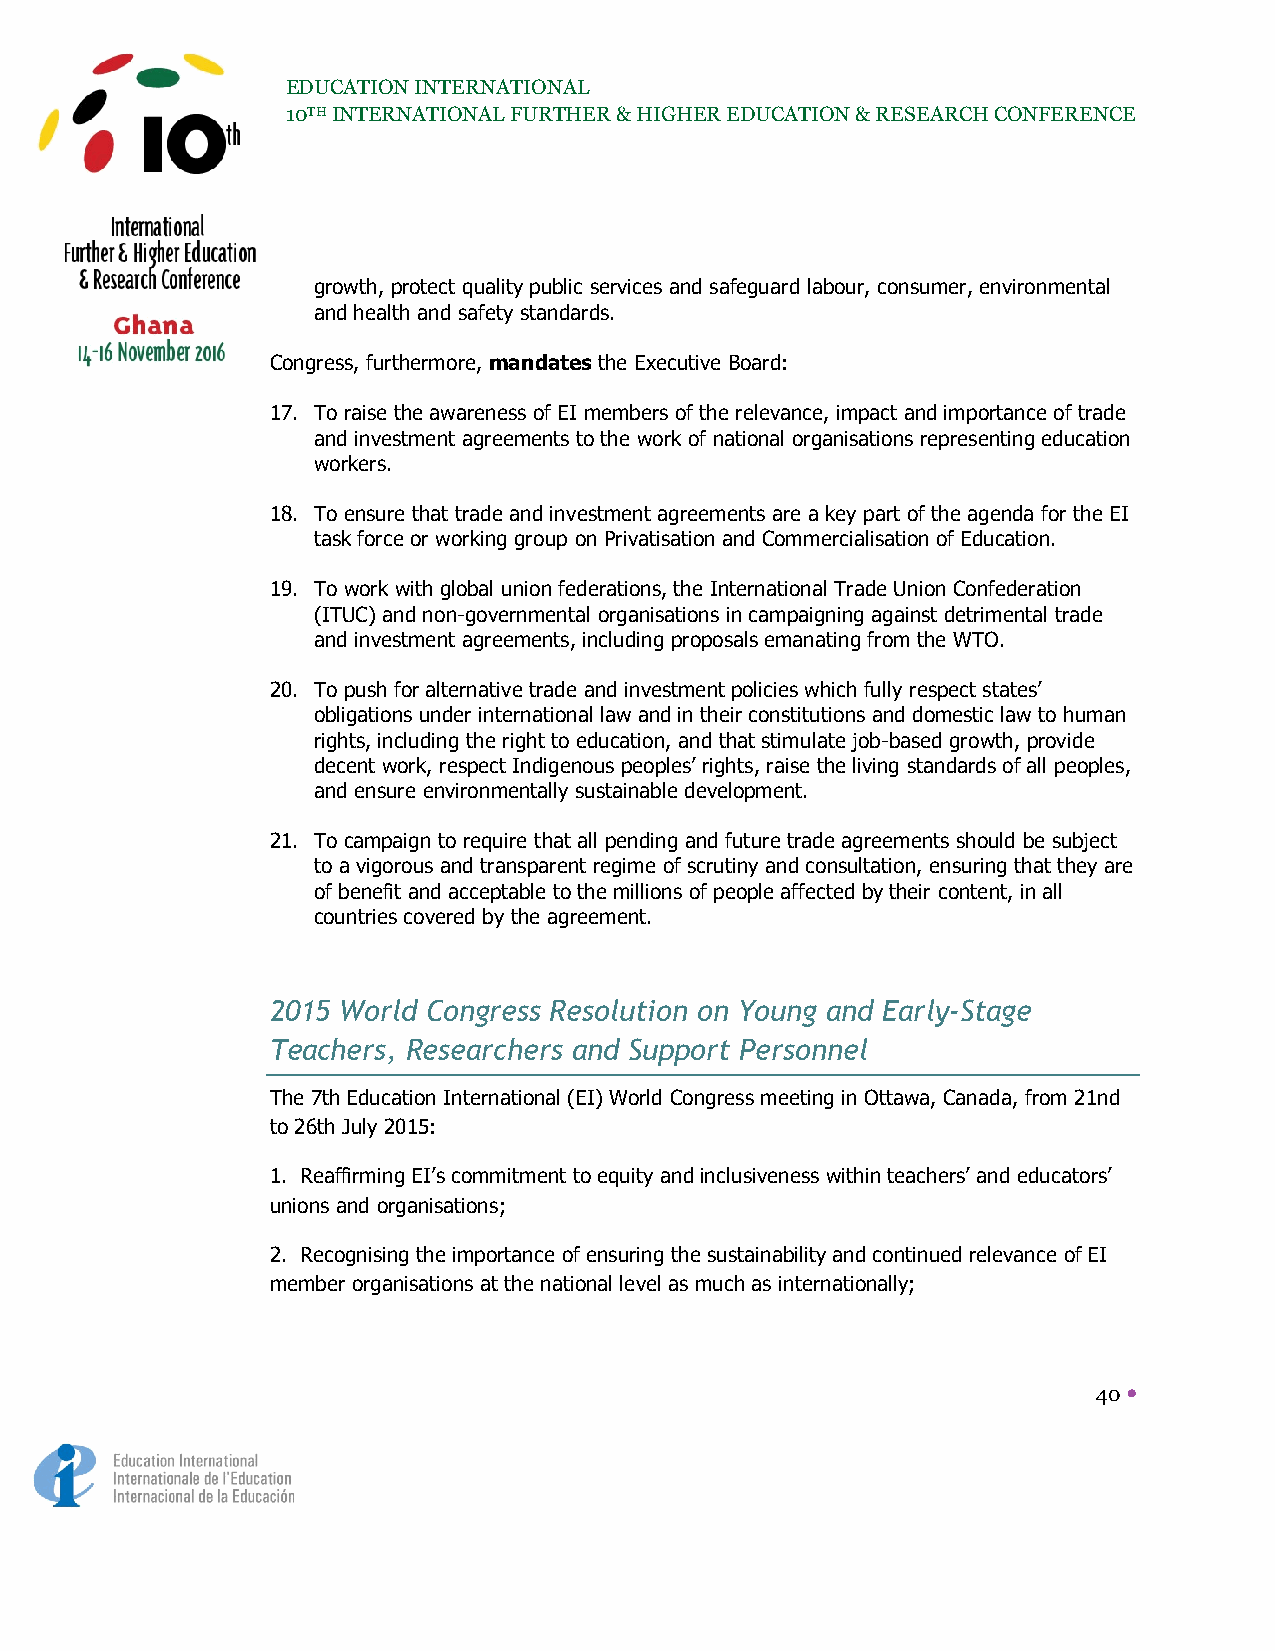
EDUCATION INTERNATIONAL
 10TH INTERNATIONAL FURTHER & HIGHER EDUCATION & RESEARCH CONFERENCE
 growth, protect quality public services and safeguard labour, consumer, environmental
 and health and safety standards.
 Congress, furthermore, mandates the Executive Board:
 17. To raise the awareness of EI members of the relevance, impact and importance of trade
 and investment agreements to the work of national organisations representing education
 workers.
 18. To ensure that trade and investment agreements are a key part of the agenda for the EI
 task force or working group on Privatisation and Commercialisation of Education.
 19. To work with global union federations, the International Trade Union Confederation
 (ITUC) and non-governmental organisations in campaigning against detrimental trade
 and investment agreements, including proposals emanating from the WTO.
 20. To push for alternative trade and investment policies which fully respect states’
 obligations under international law and in their constitutions and domestic law to human
 rights, including the right to education, and that stimulate job-based growth, provide
 decent work, respect Indigenous peoples’ rights, raise the living standards of all peoples,
 and ensure environmentally sustainable development.
 21. To campaign to require that all pending and future trade agreements should be subject
 to a vigorous and transparent regime of scrutiny and consultation, ensuring that they are
 of benefit and acceptable to the millions of people affected by their content, in all
 countries covered by the agreement.
 2015 World Congress Resolution on Young and Early-Stage
 Teachers, Researchers and Support Personnel
 The 7th Education International (EI) World Congress meeting in Ottawa, Canada, from 21nd
 to 26th July 2015:
 1. Reaffirming EI’s commitment to equity and inclusiveness within teachers’ and educators’
 unions and organisations;
 2. Recognising the importance of ensuring the sustainability and continued relevance of EI
 member organisations at the national level as much as internationally;
 40 